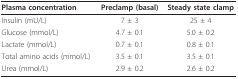
<table><thead><tr><td><b>Plasma concentration</b></td><td><b>Preclamp (basal)</b></td><td><b>Steady state clamp</b></td></tr></thead><tbody><tr><td>Insulin (mU/L)</td><td>7 ± 3</td><td>25 ± 4</td></tr><tr><td>Glucose (mmol/L)</td><td>4.7 ± 0.1</td><td>5.0 ± 0.2</td></tr><tr><td>Lactate (mmol/L)</td><td>0.7 ± 0.1</td><td>0.8 ± 0.1</td></tr><tr><td>Total amino acids (mmol/L)</td><td>3.5 ± 0.1</td><td>3.5 ± 0.1</td></tr><tr><td>Urea (mmol/L)</td><td>2.9 ± 0.2</td><td>2.6 ± 0.2</td></tr></tbody></table>